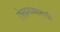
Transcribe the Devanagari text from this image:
लेखनामागची